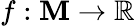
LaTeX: f:\mathbf{M}\to\mathbb{{R}}